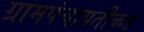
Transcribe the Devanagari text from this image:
ग्रामपंचायतीकडे